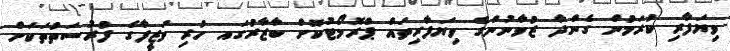
ވިޔަފާރި ކުރަމުން ގެންދާ ޒުވާނުންގެ ވިޔަފާރިތައް ޕްރޮމޯޓުކޮށް ބާޒާރުގައ ހުރި ވަޒީފާގެ ފުރުސަތުތަކަށް